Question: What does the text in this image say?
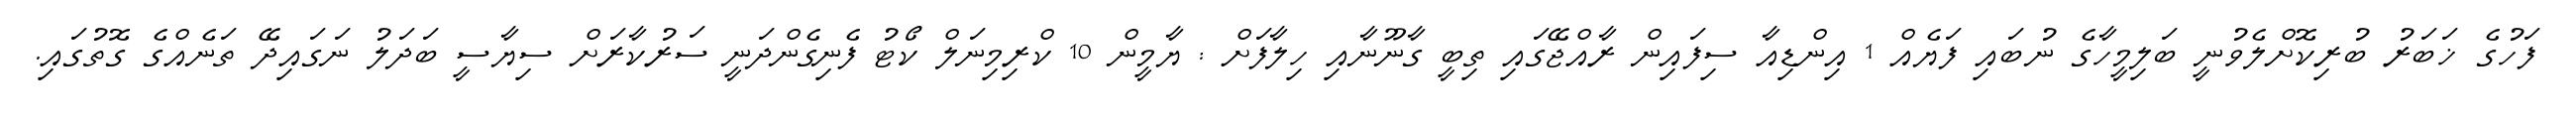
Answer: ފަހުގެ ޚަބަރު ބުރިކޮށްލެވުނީ ބަލިމީހާގެ ނުބައި ފަޔެއް 1 އިންޑިއާ ސިފައިން ރާއްޖޭގައި ތިބީ ގާނޫނާއި ހިލާފަށް : ޔާމީން 10 ކްރިމިނަލް ކޯޓު ފެނިގެންދަނީ ސަރުކާރަށް ސިޔާސީ ބަދަލު ނަގައިދޭ ތަނެއްގެ ގޮތުގައި.